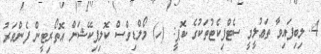
4. ލިބިފައިވާ ތަޢުލީމީ ސެޓްފިކެޓުތަކުގެ ކޮޕީ: (ހ) މޯލްޑިވްސް ކޮލިފިކޭޝަން އޮތޯރިޓީން ފެންވަރު